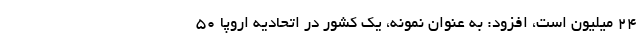
۲۴ میلیون است، افزود: به عنوان نمونه، یک کشور در اتحادیه اروپا ۵۰